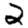
Digit: 2